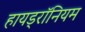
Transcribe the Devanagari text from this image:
हायड्रॉनियम